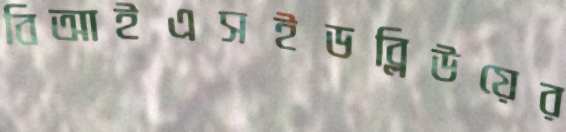
বিআইএসইডব্লিউয়ের